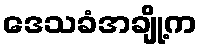
ဒေသခံအချို့က